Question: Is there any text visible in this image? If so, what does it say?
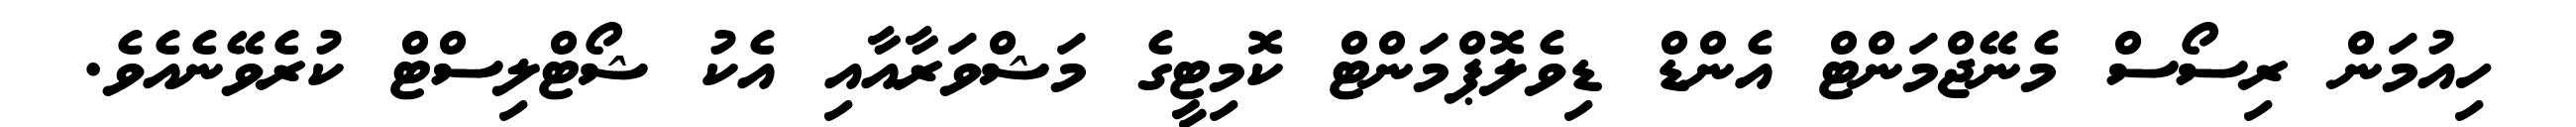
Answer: ހިއުމަން ރިސޯސް މެނޭޖްމަންޓް އެންޑް ޑިވެލޮޕްމަންޓް ކޮމިޓީގެ މަޝްވަރާއާއި އެކު ޝޯޓްލިސްޓް ކުރެވޭނެއެވެ.